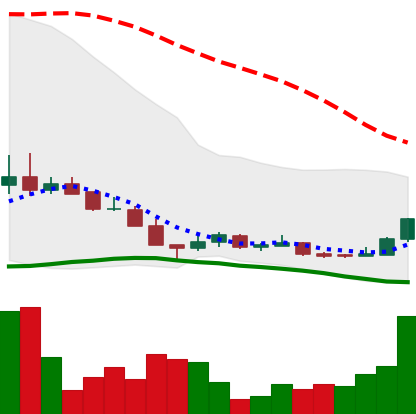
Ticker: LINK-USD
Chart end date: 2018-12-18
Forward return: 15.926%
Label: up_7plus